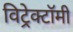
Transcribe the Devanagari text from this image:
विट्रेक्टॉमी